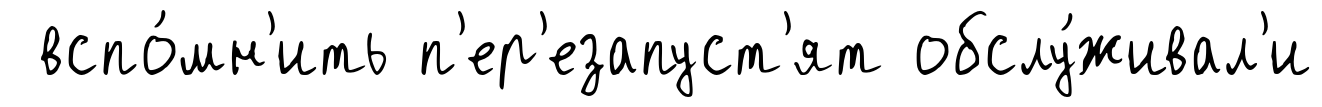
вспо́мн'ить п'ер'езапуст'ят обслу́живал'и